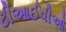
ટીઆઈવીઓ